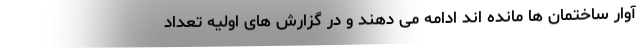
آوار ساختمان ها مانده اند ادامه می دهند و در گزارش های اولیه تعداد